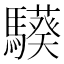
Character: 𩦟